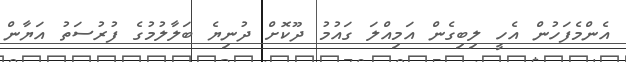
އެންމެފަހުން އެހީ ލިބިގެން އަމިއްލަ ގައުމު ދޫކޮށް ދުނިޔެ ބަލާލުމުގެ ފުރުސަތު އަޔާން